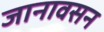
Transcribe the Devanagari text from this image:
जानावसन